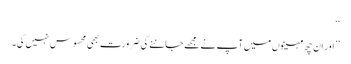
‘‘
’’ اور اِن چھ مہینوں میں آپ نے مجھے جاننے کی ضرورت بھی محسوس نہیں کی۔